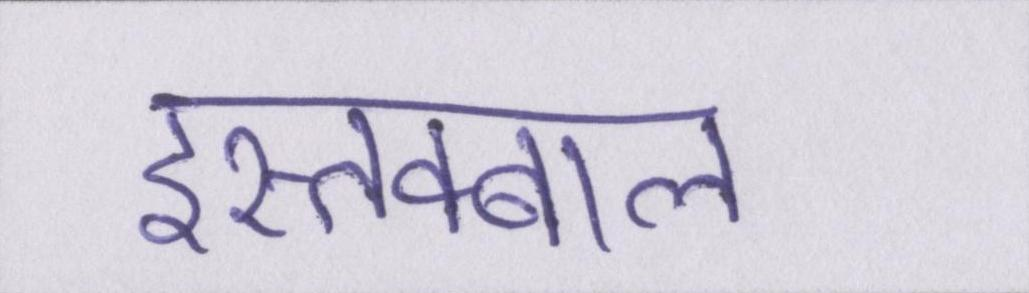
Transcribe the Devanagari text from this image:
इस्तक्बाल